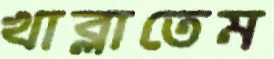
খাব্‌লাতেম